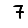
Digit: 7